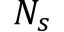
N _ { s }